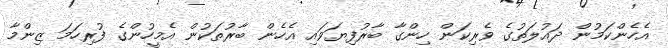
އެހެންކަމުން ދައުލަތުގެ ވެރިކަން ހިންގާ ބާރުފިޔަވައި އެހެން ބާރުތަކުން އެމީހުންގެ ފުރިހަމަ ޒިންމާ